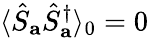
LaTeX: \langle\hat{S}_{\mathbf{a}}\hat{S}_{\mathbf{a}}^{\dagger}\rangle_{0}=0